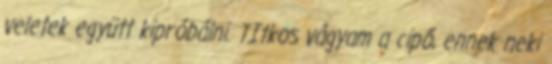
veletek együtt kipróbálni. TItkos vágyam a cipő, ennek neki